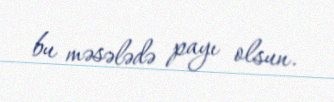
bu məsələdə payı olsun.